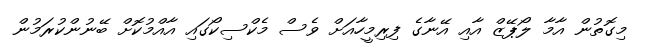
މިގޮތުން އާމާ ލޯޕޭޒް އާއި އޭނާގެ ފިރިމީހާއަށް ވެސް މެކްސިކޯގައި އާއްމުކޮށް ބޭނުންކުރަމުން